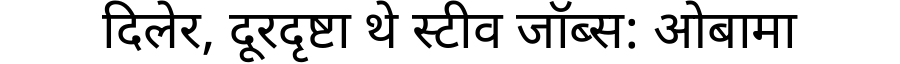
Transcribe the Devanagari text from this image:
दिलेर, दूरदृष्टा थे स्टीव जॉब्स: ओबामा